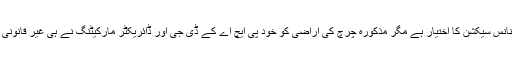
قواعد کی رو سے کسی بھی اراضی کی کمرشلائزیشن کرنا ڈی سی آفس کے فنانس سیکشن کا اختیار ہے مگر مذکورہ چرچ کی اراضی کو خود پی ایچ اے کے ڈی جی اور ڈائریکٹر مارکیٹنگ نے ہی غیر قانونی طریقے سے کمرشل قرار دیا اور اس کا ایڈورٹائزنگ کا لائسنس جاری کردیا۔